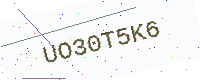
Text: UO30T5K6